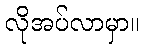
လိုအပ်လာမှာ။